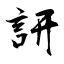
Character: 訮